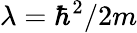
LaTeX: \lambda=\hbar^{2}/2m